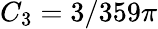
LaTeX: C_{3}=3/359\pi